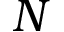
N